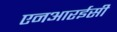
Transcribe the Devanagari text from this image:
एनआरईसी